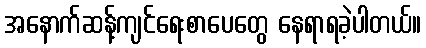
အနောက်ဆန့်ကျင်ရေးစာပေတွေ နေရာရခဲ့ပါတယ်။